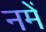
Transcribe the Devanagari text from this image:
नमें